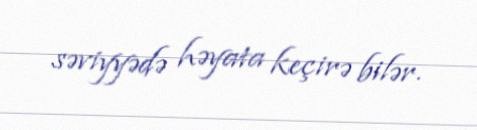
səviyyədə həyata keçirə bilər.